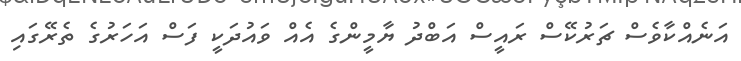
އަނެއްކާވެސް ޗަރުކޭސް ރައީސް އަބްދު ޔާމީންގެ އެއް ވައުދަކީ ފަސް އަހަރުގެ ތެރޭގައި